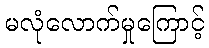
မလုံလောက်မှုကြောင့်